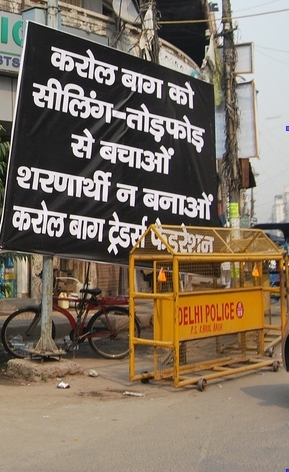
Language: hindi
Transcription: फेडरेशन ट्रेडर्स बचाओं सीलिंग बाग करोल से को बाग करोल न बनाओं शरणार्थी